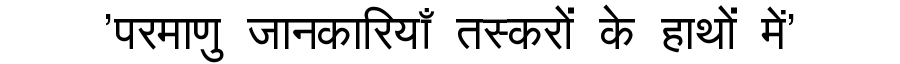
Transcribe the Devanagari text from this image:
'परमाणु जानकारियाँ तस्करों के हाथों में'